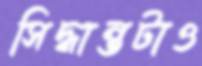
সিদ্ধান্তটাও